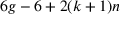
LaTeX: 6 g - 6 + 2 ( k + 1 ) n